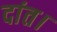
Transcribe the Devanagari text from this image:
दांत।